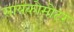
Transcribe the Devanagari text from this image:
सायकोमोटर